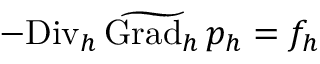
- { \mathrm { D i v } _ { h } } \, \widetilde { \mathrm { G r a d } _ { h } } \, p _ { h } = f _ { h }